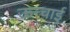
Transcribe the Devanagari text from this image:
ऊन्चाई